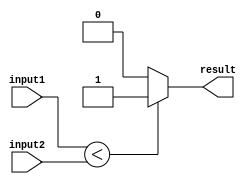
module LessThanComparator (
    input [7:0] input1, // First input value
    input [7:0] input2, // Second input value
    output reg result   // Output to indicate if input1 is less than input2
);

always @(*) begin
    if (input1 < input2) begin
        result = 1; // Input1 is less than Input2
    end else begin
        result = 0; // Input1 is not less than Input2
    end
end

endmodule